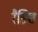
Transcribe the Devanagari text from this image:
रैडिश